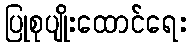
ပြုစုပျိုးထောင်ရေး